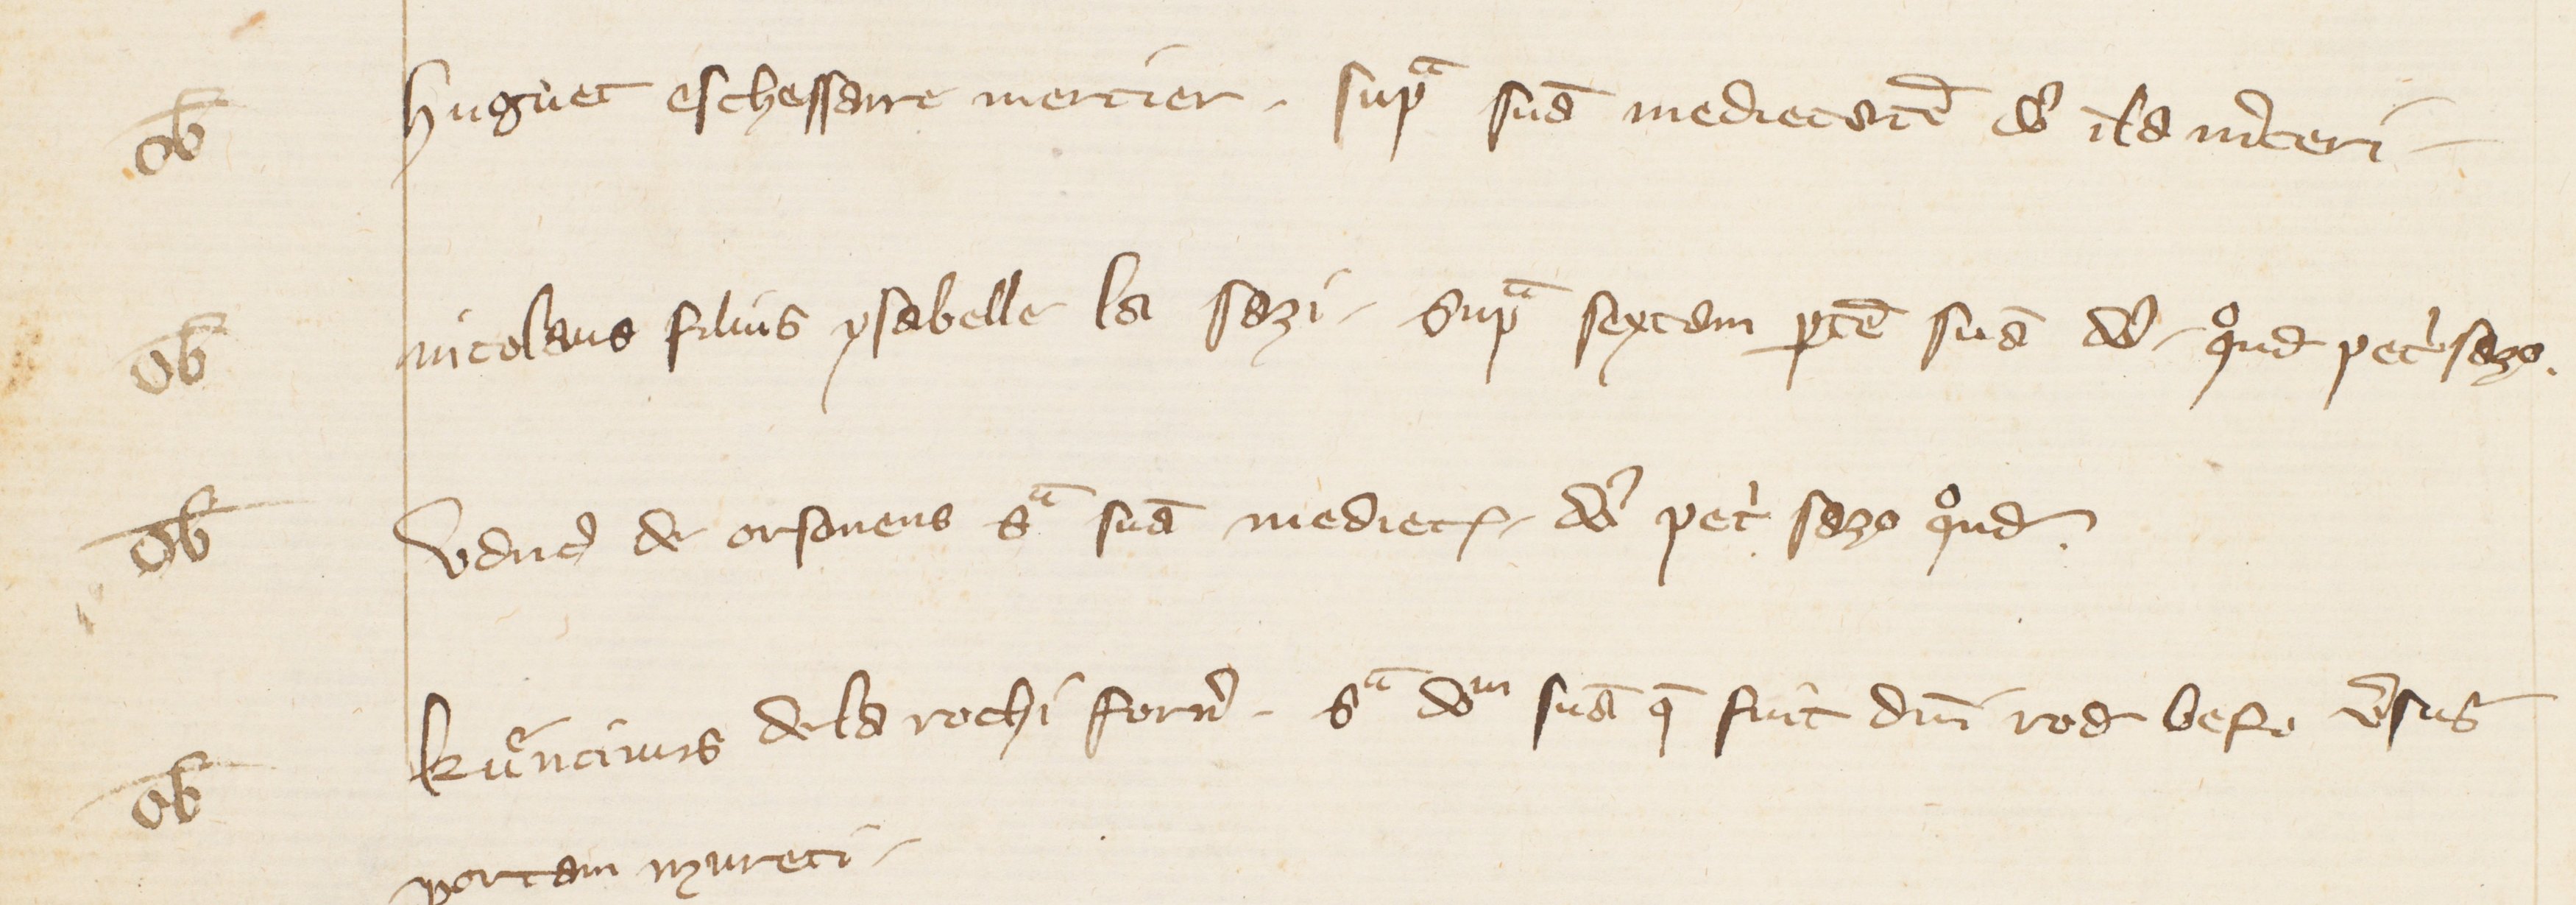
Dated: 1341–1416